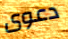
دعوى